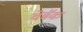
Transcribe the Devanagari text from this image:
वेबॅक